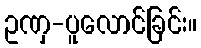
ဥဏှ-ပူလောင်ခြင်း။